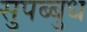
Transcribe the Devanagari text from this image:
सुपब्बुध